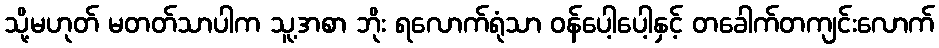
သို့မဟုတ် မတတ်သာပါက သူ့အစာ ဘိုး ရလောက်ရုံသာ ဝန်ပေါ့ပေါ့နှင့် တခေါက်တကျင်းလောက်